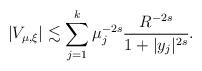
LaTeX: \begin{align*}|V_{\mu, \xi}|\lesssim \sum_{j=1}^k\mu_j^{-2s}\frac{R^{-2s}}{1+|y_j|^{2s}}.\end{align*}